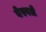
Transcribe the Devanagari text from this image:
बेस्पले